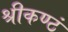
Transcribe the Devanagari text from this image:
श्रीकण्ठं